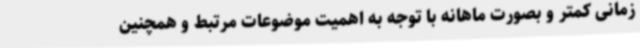
زمانی کمتر و بصورت ماهانه با توجه به اهمیت موضوعات مرتبط و همچنین